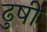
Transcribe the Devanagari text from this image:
ढुषी